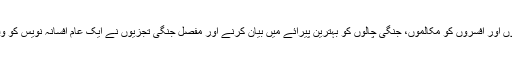
محاذِ جنگ پر داد شجاعت دیتے سپاہیوں اور افسروں کو مکالموں، جنگی چالوں کو بہترین پیرائے میں بیان کرنے اور مفصل جنگی تجزیوں نے ایک عام افسانہ نویس کو وقت کا بہترین جنگی وقائع نگار بنا دیا۔